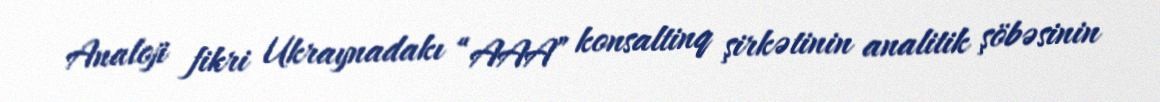
Analoji fikri Ukraynadakı “AAA” konsaltinq şirkətinin analitik şöbəsinin